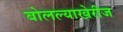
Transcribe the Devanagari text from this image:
बोलल्याखेरीज